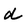
Character: d